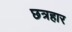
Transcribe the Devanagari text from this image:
छत्रहार